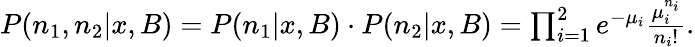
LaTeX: \begin{array}{r}{P(n_{1},n_{2}|x,B)=P(n_{1}|x,B)\cdot P(n_{2}|x,B)=\prod_{i=1}^{2}e^{-\mu_{i}}\frac{\mu_{i}^{n_{i}}}{n_{i}!}.}\end{array}